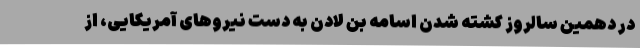
در دهمین سالروز کشته شدن اسامه بن لادن به دست نیروهای آمریکایی، از